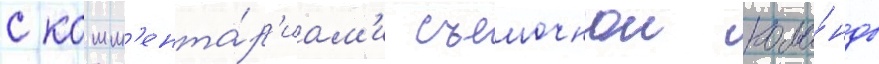
с комм'ента́р'иам'и съемочнои кома́нды